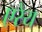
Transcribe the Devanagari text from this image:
एरेय